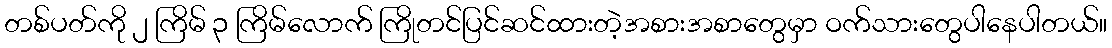
တစ်ပတ်ကို ၂ ကြိမ် ၃ ကြိမ်လောက် ကြိုတင်ပြင်ဆင်ထားတဲ့အစားအစာတွေမှာ ဝက်သားတွေပါနေပါတယ်။